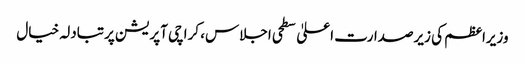
وزیراعظم کی زیرصدارت اعلیٰ سطحی اجلاس، کراچی آپریشن پرتبادلہ خیال